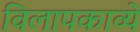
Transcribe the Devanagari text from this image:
विलापकाव्ये